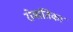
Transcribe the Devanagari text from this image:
रोमांतिका